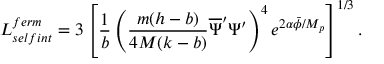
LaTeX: L _ { s e l f i n t } ^ { f e r m } = 3 \left[ \frac { 1 } { b } \left( \frac { m ( h - b ) } { 4 M ( k - b ) } \overline { { { \Psi } } } ^ { \prime } \Psi ^ { \prime } \right) ^ { 4 } e ^ { 2 \alpha \bar { \phi } / M _ { p } } \right] ^ { 1 / 3 } .